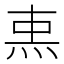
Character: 𤈂